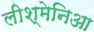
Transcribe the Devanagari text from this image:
लीश्मेनिआ